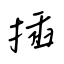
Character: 插